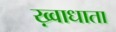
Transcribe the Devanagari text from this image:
ख़्वाधाता